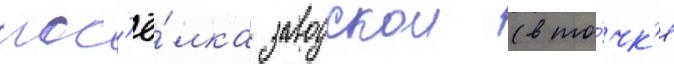
пос'ё́лка заводскои (в то́чк'е